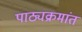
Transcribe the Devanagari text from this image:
पाठ्यक्रमांत